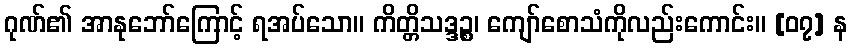
ဂုဏ်၏ အာနုဘော်ကြောင့် ရအပ်သော။ ကိတ္တိသဒ္ဒဉ္စ၊ ကျော်စောသံကိုလည်းကောင်း။ [၀၇] န